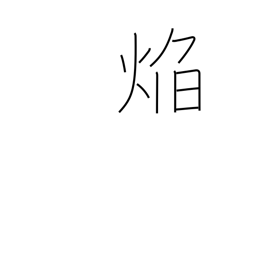
Meaning: flame